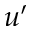
u ^ { \prime }